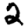
Digit: 2